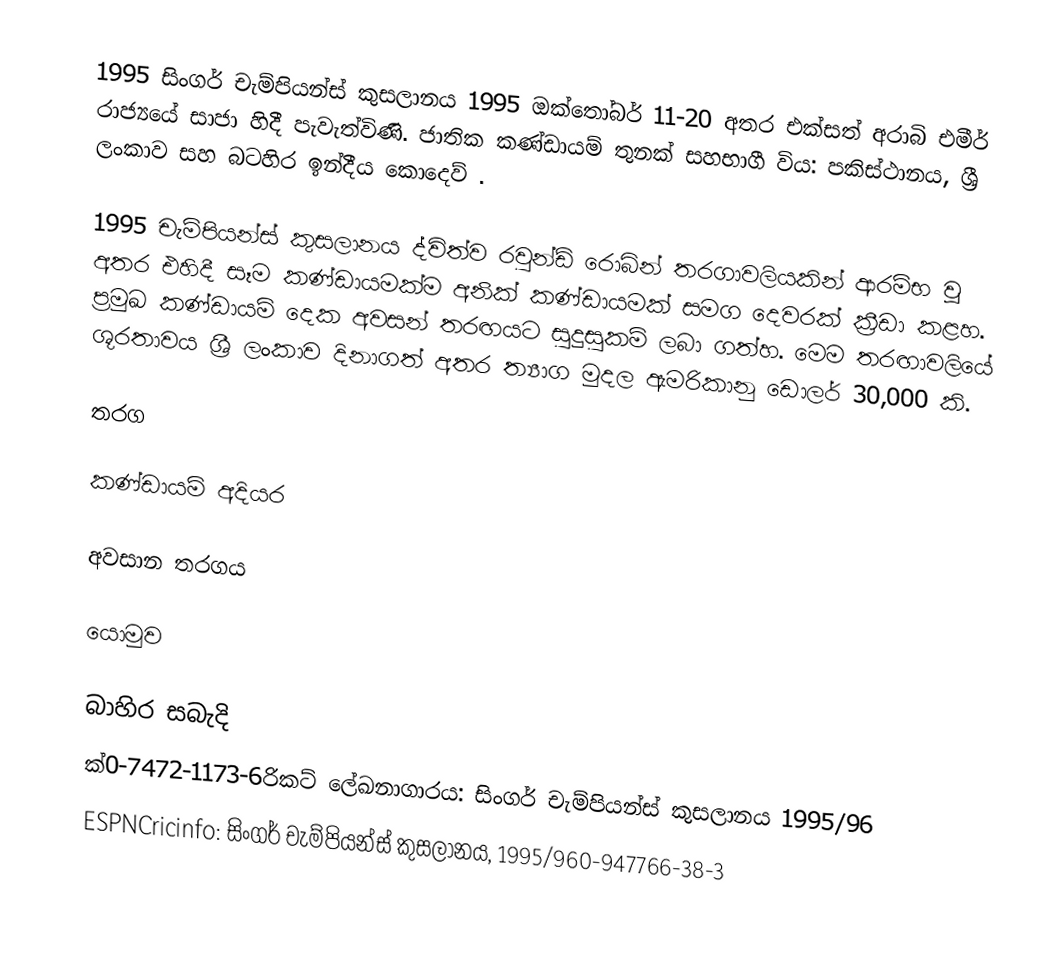
1995 සිංගර් චැම්පියන්ස් කුසලානය 1995 ඔක්තෝබර් 11-20 අතර එක්සත් අරාබි එමීර් රාජ්‍යයේ සාජා හිදී පැවැත්විණි. ජාතික කණ්ඩායම් තුනක් සහභාගී විය: පකිස්ථානය, ශ්‍රී ලංකාව සහ බටහිර ඉන්දීය කොදෙව් .

1995 චැම්පියන්ස් කුසලානය ද්විත්ව රවුන්ඩ් රොබින් තරගාවලියකින් ආරම්භ වූ අතර එහිදී සෑම කණ්ඩායමක්ම අනික් කණ්ඩායමක් සමග දෙවරක් ක්‍රීඩා කළහ. ප්‍රමුඛ කණ්ඩායම් දෙක අවසන් තරඟයට සුදුසුකම් ලබා ගත්හ. මෙම තරඟාවලියේ ශූරතාවය ශ්‍රී ලංකාව දිනාගත් අතර ත්‍යාග මුදල ඇමරිකානු ඩොලර් 30,000 කි.

තරග

කණ්ඩායම් අදියර

අවසාන තරගය

යොමුව

බාහිර සබැදි
 ක්‍0-7472-1173-6රිකට් ලේඛනාගාරය: සිංගර් චැම්පියන්ස් කුසලානය 1995/96
 ESPNCricinfo: සිංගර් චැම්පියන්ස් කුසලානය, 1995/960-947766-38-3